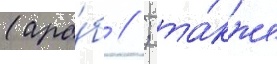
(ара́б // ; та́кже